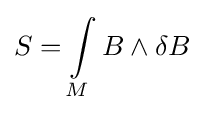
S=\int \limits _{M}B\wedge \delta B